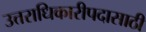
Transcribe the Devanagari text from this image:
उत्तराधिकारीपदासाठी